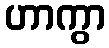
ဟာကွာ